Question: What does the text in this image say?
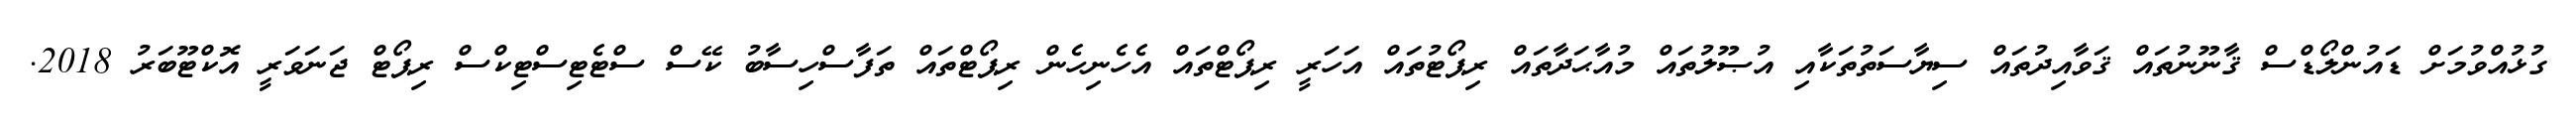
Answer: ގުޅުއްވުމަށް ޑައުންލޯޑްސް ޤާނޫނުތައް ޤަވާއިދުތައް ސިޔާސަތުތަކާއި އުޞޫލުތައް މުއާޙަދާތައް ރިޕޯޓުތައް އަހަރީ ރިޕޯޓްތައް އެހެނިހެން ރިޕޯޓްތައް ތަފާސްހިސާބު ކޭސް ސްޓެޓިސްޓިކްސް ރިޕޯޓް ޖަނަވަރީ އޮކްޓޫބަރު 2018.